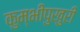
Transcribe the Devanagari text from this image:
कुम्भीपुखुरी